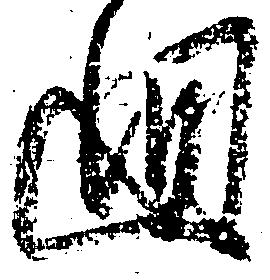
廻